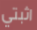
اثبتي